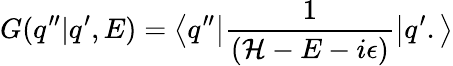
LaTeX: G(q^{\prime\prime}|q^{\prime},E)=\left<q^{\prime\prime}\right|\frac{1}{({\cal{H}}-E-i\epsilon)}\left|q^{\prime}.\right>